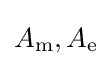
A_{\text{m}},A_{\text{e}}